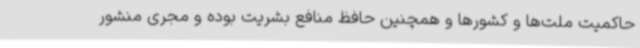
حاکمیت ملت‌ها و کشورها و همچنین حافظ منافع بشریت بوده و مجری منشور